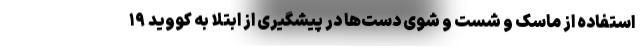
استفاده از ماسک و شست و شوی دست‌ها در پیشگیری از ابتلا به کووید ۱۹